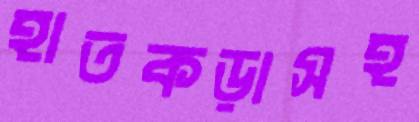
হাতকড়াসহ